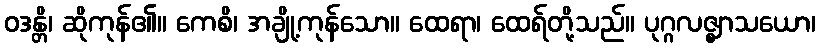
ဝဒန္တိ၊ ဆိုကုန်၏။ ကေစိ၊ အချို့ကုန်သော။ ထေရာ၊ ထေရ်တို့သည်။ ပုဂ္ဂလဇ္ဈာသယော၊